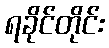
ရခိုင်တိုင်း